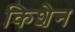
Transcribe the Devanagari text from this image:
किशेन